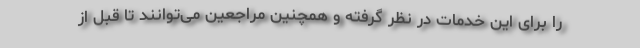
را برای این خدمات در نظر گرفته و همچنین مراجعین می‌توانند تا قبل از